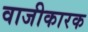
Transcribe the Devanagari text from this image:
वाजीकारक